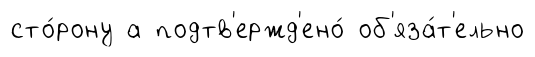
сто́рону а подтв'ержд'ено́ об'яза́т'ельно